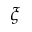
\xi